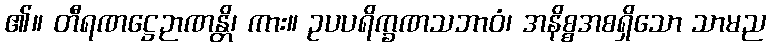
၏။ တီရဏဋ္ဌေဉာဏန္တိ၊ ကား။ ဥပပရိက္ခဏသဘာဝံ၊ အနိစ္စအစရှိသော သာမည